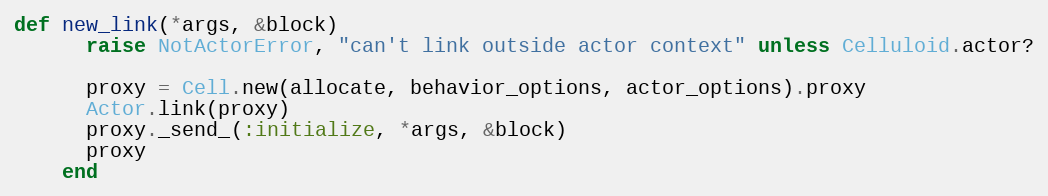
Language: Ruby
def new_link(*args, &block)
      raise NotActorError, "can't link outside actor context" unless Celluloid.actor?

      proxy = Cell.new(allocate, behavior_options, actor_options).proxy
      Actor.link(proxy)
      proxy._send_(:initialize, *args, &block)
      proxy
    end